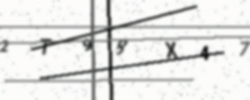
Text: 2T98X47